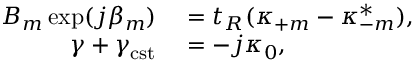
\begin{array} { r l } { B _ { m } \exp ( { j \beta _ { m } } ) } & { { } = t _ { R } ( \kappa _ { + m } - \kappa _ { - m } ^ { * } ) , } \\ { \gamma + \gamma _ { \mathrm { c s t } } } & { { } = - j \kappa _ { 0 } , } \end{array}